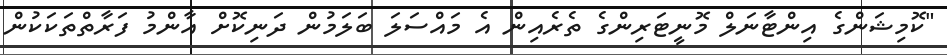
"ކޮމިޝަންގެ އިންޓާނަލް މޮނީޓަރިންގެ ތެރެއިން އެ މައްސަލަ ބަލަމުން ދަނިކޮށް އާންމު ފަރާތްތަކަކުން